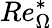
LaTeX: Re_{\Omega}^{*}